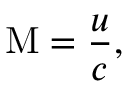
\mathrm { M } = { \frac { u } { c } } ,